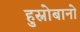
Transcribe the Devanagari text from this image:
हुस्नोबानो